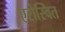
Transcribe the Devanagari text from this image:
एरोस्वित